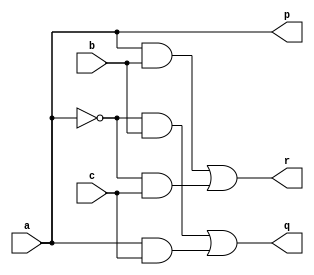
module frg_gate(a,b,c,p,q,r);
input a,b,c;
output p,q,r;

	assign p = a;
	assign q = (~a & b) | (a & c);
	assign r = (a & b) | (~a & c);

endmodule